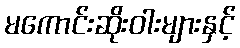
မကောင်းဆိုးဝါးများနှင့်